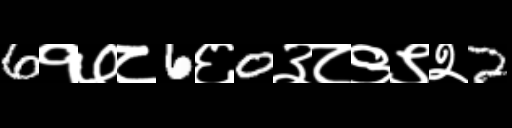
Text: 6१७८6६0३८९९२2